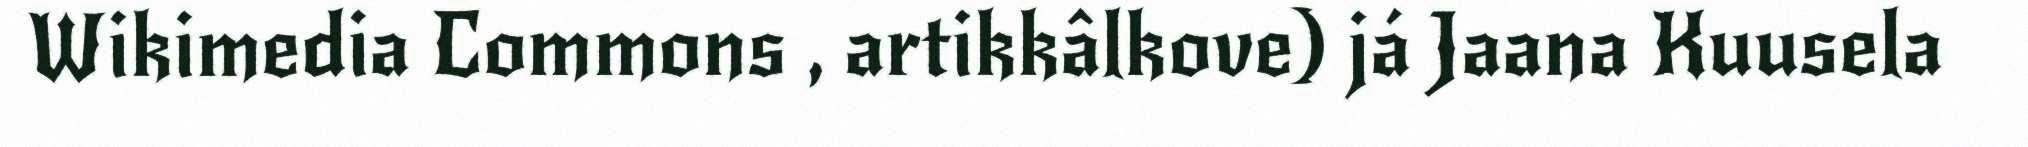
Wikimedia Commons , artikkâlkove) já Jaana Kuusela